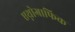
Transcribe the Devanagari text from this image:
एथ्नोग्राफिक